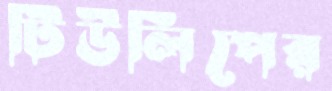
টিউলিপের